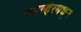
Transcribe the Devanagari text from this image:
ग्वाल्हेरमधून